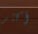
أكثر